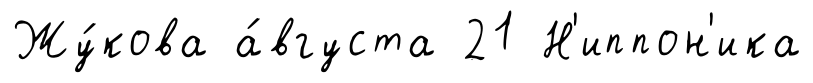
Жу́кова а́вгуста 21 Н'иппон'ика